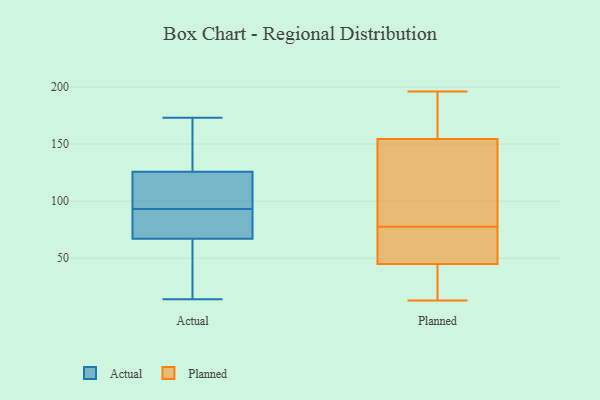
{"axis": {"x": "Customer Acquisition Cost (USD)", "y": "Value"}, "legend": ["Actual", "Planned"], "data": [{"x": "", "y": 14, "type": "Actual"}, {"x": "", "y": 171, "type": "Actual"}, {"x": "", "y": 71, "type": "Actual"}, {"x": "", "y": 96, "type": "Actual"}, {"x": "", "y": 93, "type": "Actual"}, {"x": "", "y": 55, "type": "Actual"}, {"x": "", "y": 143, "type": "Actual"}, {"x": "", "y": 90, "type": "Actual"}, {"x": "", "y": 93, "type": "Actual"}, {"x": "", "y": 134, "type": "Actual"}, {"x": "", "y": 123, "type": "Actual"}, {"x": "", "y": 98, "type": "Actual"}, {"x": "", "y": 53, "type": "Actual"}, {"x": "", "y": 173, "type": "Actual"}, {"x": "", "y": 47, "type": "Actual"}, {"x": "", "y": 90, "type": "Actual"}, {"x": "", "y": 106, "type": "Actual"}, {"x": "", "y": 190, "type": "Planned"}, {"x": "", "y": 160, "type": "Planned"}, {"x": "", "y": 99, "type": "Planned"}, {"x": "", "y": 88, "type": "Planned"}, {"x": "", "y": 34, "type": "Planned"}, {"x": "", "y": 45, "type": "Planned"}, {"x": "", "y": 77, "type": "Planned"}, {"x": "", "y": 13, "type": "Planned"}, {"x": "", "y": 149, "type": "Planned"}, {"x": "", "y": 72, "type": "Planned"}, {"x": "", "y": 191, "type": "Planned"}, {"x": "", "y": 43, "type": "Planned"}, {"x": "", "y": 50, "type": "Planned"}, {"x": "", "y": 196, "type": "Planned"}, {"x": "", "y": 45, "type": "Planned"}, {"x": "", "y": 78, "type": "Planned"}]}